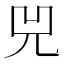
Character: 兕